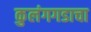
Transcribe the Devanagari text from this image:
कुलंगगडाचा